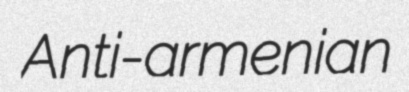
Anti-armenian